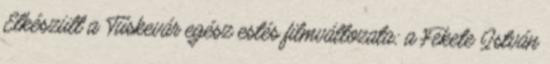
Elkészült a Tüskevár egész estés filmváltozata; a Fekete István